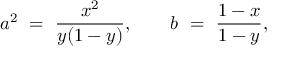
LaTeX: a ^ { 2 } ~ = ~ \frac { x ^ { 2 } } { y ( 1 - y ) } , ~ ~ ~ ~ ~ ~ b ~ = ~ \frac { 1 - x } { 1 - y } ,